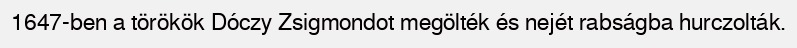
1647-ben a törökök Dóczy Zsigmondot megölték és nejét rabságba hurczolták.